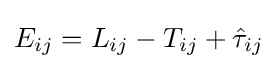
E_{ij}=L_{ij}-T_{ij}+{\hat {\tau }}_{ij}